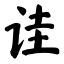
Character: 诖